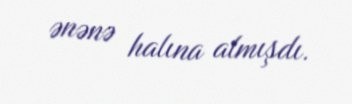
ənənə halına almışdı.